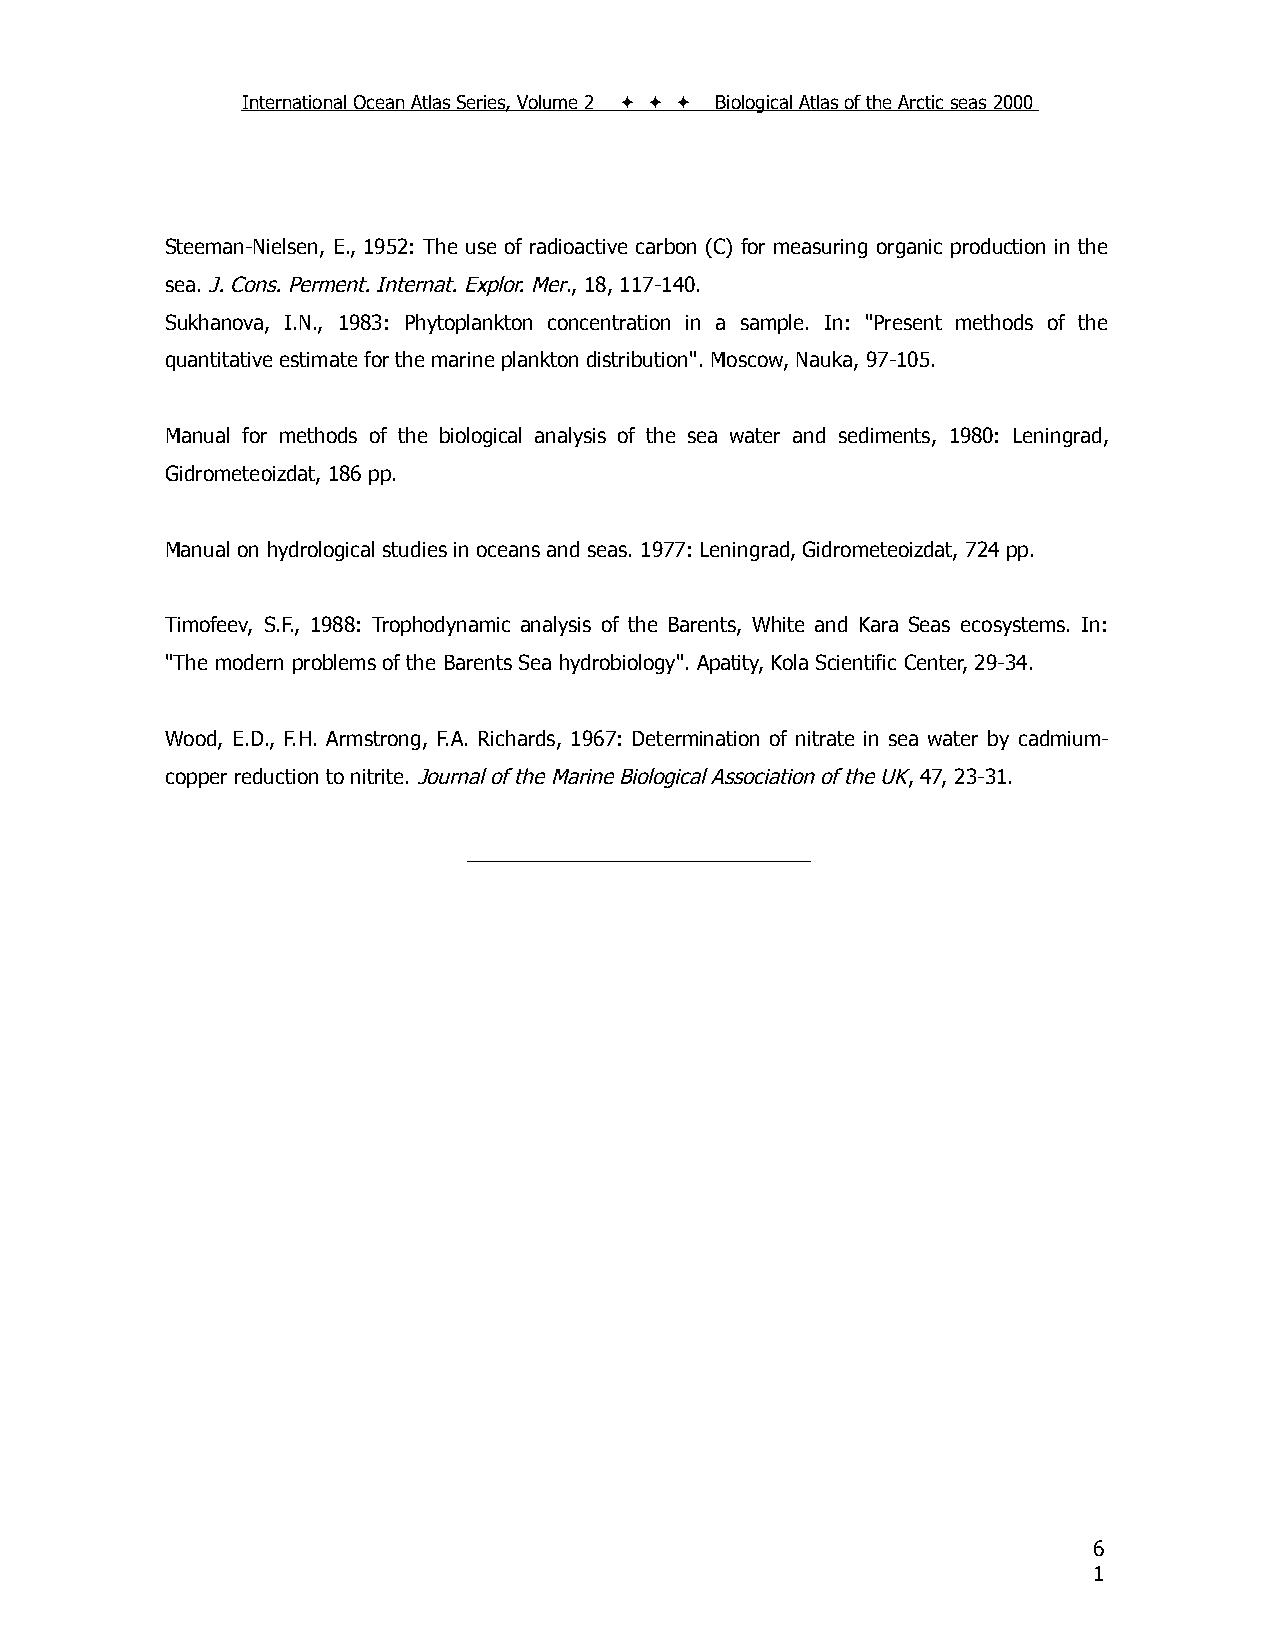
International Ocean Atlas Series, Volume 2    Biological Atlas of the Arctic seas 2000
 Steeman-Nielsen, E., 1952: The use of radioactive carbon (C) for measuring organic production in the
 sea. J. Cons. Perment. Internat. Explor. Mer., 18, 117-140.
 Sukhanova, I.N., 1983: Phytoplankton concentration in a sample. In: "Present methods of the
 quantitative estimate for the marine plankton distribution". Moscow, Nauka, 97-105.
 Manual for methods of the biological analysis of the sea water and sediments, 1980: Leningrad,
 Gidrometeoizdat, 186 pp.
 Manual on hydrological studies in oceans and seas. 1977: Leningrad, Gidrometeoizdat, 724 pp.
 Timofeev, S.F., 1988: Trophodynamic analysis of the Barents, White and Kara Seas ecosystems. In:
 "The modern problems of the Barents Sea hydrobiology". Apatity, Kola Scientific Center, 29-34.
 Wood, E.D., F.H. Armstrong, F.A. Richards, 1967: Determination of nitrate in sea water by cadmium-
 copper reduction to nitrite. Journal of the Marine Biological Association of the UK, 47, 23-31.
 ______________________________
 6
 1